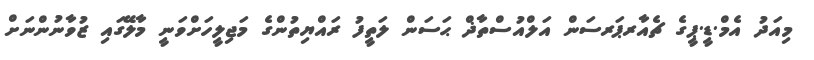
މިއަދު އެމް.ޑީ.ޕީގެ ޗެއާރޕަރސަން އަލްއުސްތާޛް ޙަސަން ލަތީފު ރައްޔިތުންގެ މަޖިލީހަށްވަނީ މާލޭގައި ޒުވާނުންނަށް